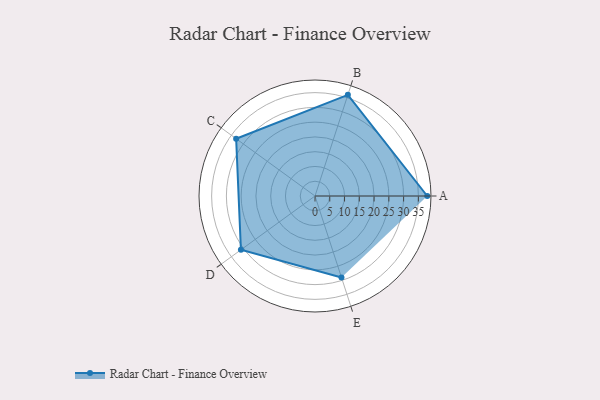
{"axis": {"x": "Skill", "y": "Score"}, "legend": ["Profile"], "data": [{"x": "A", "y": 38.0, "type": "Profile"}, {"x": "B", "y": 36.0, "type": "Profile"}, {"x": "C", "y": 33.0, "type": "Profile"}, {"x": "D", "y": 31.0, "type": "Profile"}, {"x": "E", "y": 29.0, "type": "Profile"}]}